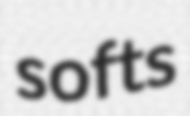
softs